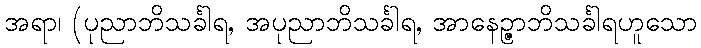
အရာ၊ (ပုညာဘိသင်္ခါရ, အပုညာဘိသင်္ခါရ, အာနေဉ္ဇာဘိသင်္ခါရဟူသော